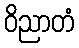
ဝိညာတံ